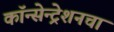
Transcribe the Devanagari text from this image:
कॉन्सेन्ट्रेशनचा